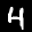
Label: 4